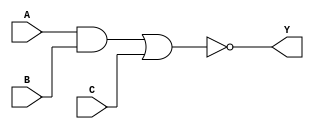
module AOI21X1_1(A, B, C, Y);
input A, B, C;
output Y;
wire tmp;
and(tmp, A, B);
nor(Y, tmp, C);
endmodule